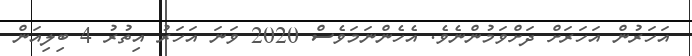
އަހަރުން އަހަރަށް ދަށްވަމުންނެވެ. އެހެންނަމަވެސް 2020 ވަނަ އަހަރު އިތުރު 4 ބިލިއަން